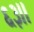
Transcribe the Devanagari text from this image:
६३।।